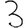
Digit: 3